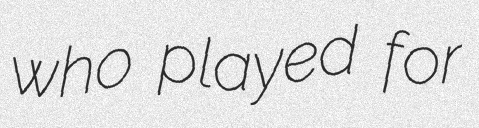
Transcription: who played for